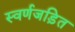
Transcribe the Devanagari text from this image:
स्वर्णजड़ित